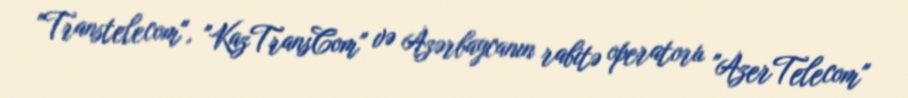
"Transtelecom", "KazTransCom" və Azərbaycanın rabitə operatoru "AzerTelecom"